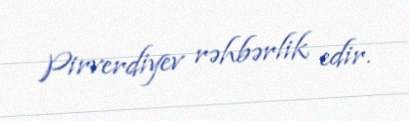
Pirverdiyev rəhbərlik edir.